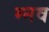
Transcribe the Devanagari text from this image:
म्नव